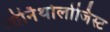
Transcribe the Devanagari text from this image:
ओर्निथोलोजिस्ट